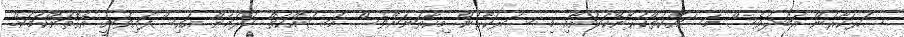
ސަރުކާރުން އަބަދުވެސް މަސައްކަތްކުރާނޭކަމަށާއި މި ސަރުކާރުން މިހާތަނަށްވެސް މަސައްކަތް ކުރަމުން އައިސްފައިވަނީ އެގޮތަށްކަމަށް.